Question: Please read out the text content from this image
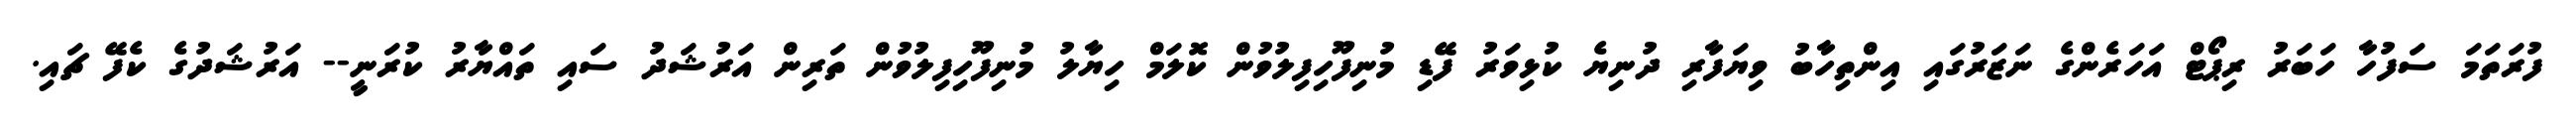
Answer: ފުރަތަމަ ސަފުހާ ހަބަރު ރިޕޯޓް އަހަރެންގެ ނަޒަރުގައި އިންތިހާބު ވިޔަފާރި ދުނިޔެ ކުޅިވަރު ފޭޑި މުނިފޫހިފިލުވުން ކޮލަމް ހިޔާލު މުނިފޫހިފިލުވުން ތަރިން އަރުޝަދު ސައި ތައްޔާރު ކުރަނީ-- އަރުޝަދުގެ ކެފޭ ޗައި.